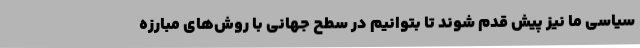
سیاسی ما نیز پیش قدم شوند تا بتوانیم در سطح جهانی با روش‌های مبارزه